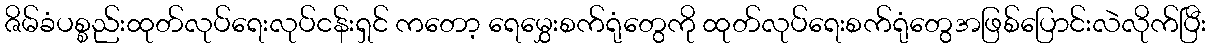
ဇိမ်ခံပစ္စည်းထုတ်လုပ်ရေးလုပ်ငန်းရှင် ကတော့ ရေမွှေးစက်ရုံတွေကို ထုတ်လုပ်ရေးစက်ရုံတွေအဖြစ်ပြောင်းလဲလိုက်ပြီး